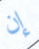
إن